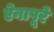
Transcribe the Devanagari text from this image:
ऐनापूरे